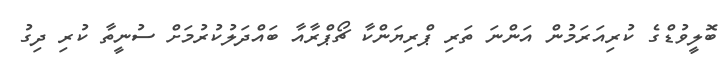
ބޮލީވުޑްގެ ކުރިއަރަމުން އަންނަ ތަރި ޕްރިޔަންކާ ޗޯޕްރާއާ ބައްދަލުކުރުމަށް ސުނީތާ ކުރި ދިގު